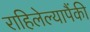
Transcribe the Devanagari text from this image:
राहिलेल्यापैंकी